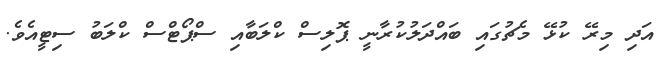
އަދި މިރޭ ކުޅޭ މެޗުގައި ބައްދަލުކުރާނީ ޕޮލިސް ކްލަބާއި ސްޕޯޯޓްސް ކްލަބު ސިޓީއެވެ.